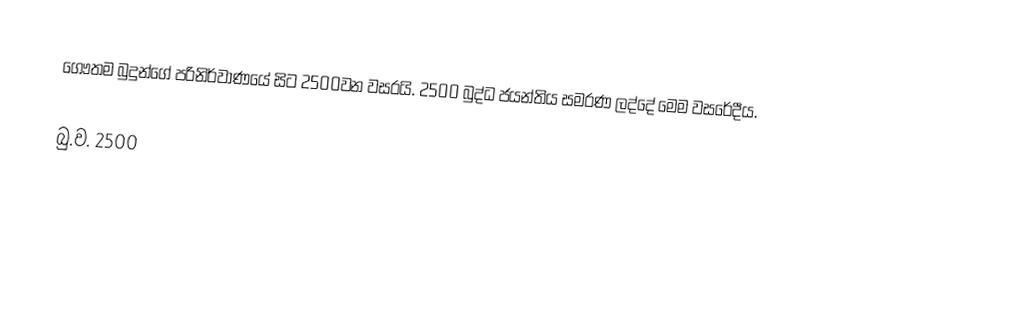
ගෞතම බුදුන්ගේ පරිනිර්වාණයේ සිට 2500වන වසරයි. 2500 බුද්ධ ජයන්තිය සමරණ ලද්දේ මෙම වසරේදීය.

බු.ව. 2500